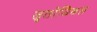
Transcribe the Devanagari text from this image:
जुलोजिकल